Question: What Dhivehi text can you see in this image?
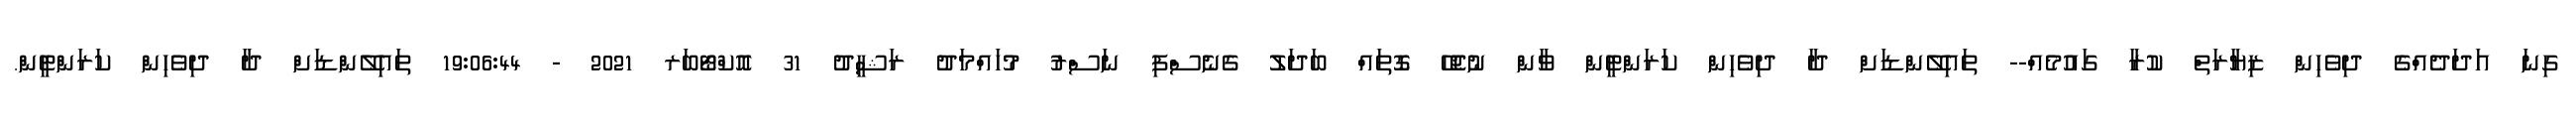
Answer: ގިނަ އަދަދެއްގެ ދިވެހިން ޒިޔާރަތް ކުރާ ގައުމެއް-- ތައިލޭންޑަށް ދާ ދިވެހިން ކަރަންޓީން ވާން ނުޖެހޭ ގޮތައް ބަދަލު ގެނެސްފި ނަސްރު މުހައްމަދު ރަޝީދު 31 އޮކްޓޯބަރ 2021 - 19:06:44 ތައިލޭންޑަށް ދާ ދިވެހިން ކަރަންޓީން.